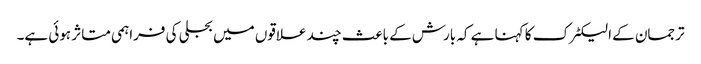
ترجمان کے الیکٹرک کا کہنا ہے کہ بارش کے باعث چند علاقوں میں بجلی کی فراہمی متاثر ہوئی ہے۔